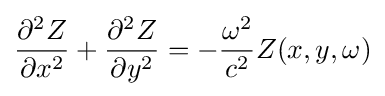
{\frac {\partial ^{2}Z}{\partial x^{2}}}+{\frac {\partial ^{2}Z}{\partial y^{2}}}=-{\frac {\omega ^{2}}{c^{2}}}Z(x,y,\omega )